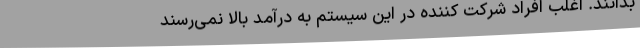
بدانند. اغلب افراد شرکت کننده در این سیستم به درآمد بالا نمی‌رسند